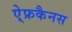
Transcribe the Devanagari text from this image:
ऐ्फ्रकैनस